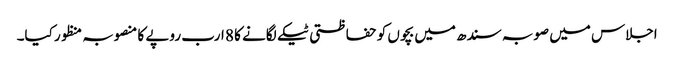
اجلاس میں صوبہ سندھ میں بچوں کو حفاظتی ٹیکے لگانے کا 8 ارب روپے کا منصوبہ منظور کیا۔